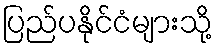
ပြည်ပနိုင်ငံများသို့